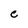
Character: e